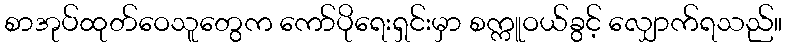
စာအုပ်ထုတ်ဝေသူတွေက ကော်ပိုရေးရှင်းမှာ စက္ကူဝယ်ခွင့် လျှောက်ရသည်။